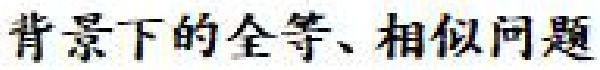
背景下的全等、相似问题